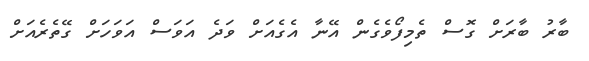
ބާރު ބާރަށް ގޮސް ތެމިފޯވެގެން އޭނާ އެގެއަށް ވަދެ އަވަސް އަވަހަށް ގޭތެރެއަށް